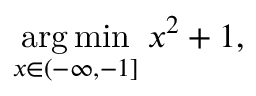
{ \underset { x \in ( - \infty , - 1 ] } { \operatorname { a r g \, m i n } } } \; x ^ { 2 } + 1 ,